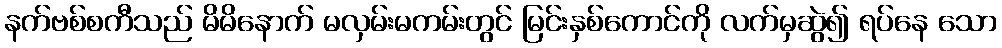
နက်ဗစ်စကီသည် မိမိနောက် မလှမ်းမကမ်းတွင် မြင်းနှစ်ကောင်ကို လက်မှဆွဲ၍ ရပ်နေ သော